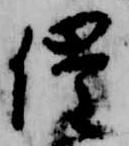
催